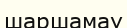
шаршамау